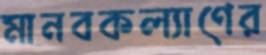
মানবকল্যাণের